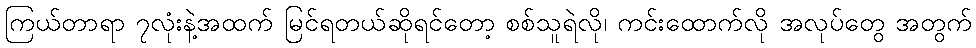
ကြယ်တာရာ ၇လုံးနဲ့အထက် မြင်ရတယ်ဆိုရင်တော့ စစ်သူရဲလို၊ ကင်းထောက်လို အလုပ်တွေ အတွက်